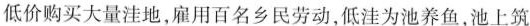
低价购买大量洼地，雇用百名乡民劳动，低洼为池养鱼，池上筑